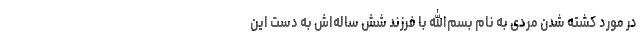
در مورد کشته شدن مردی به نام بسم‌الله با فرزند شش ساله‌اش به دست این